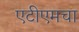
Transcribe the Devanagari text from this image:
एटीएमचा